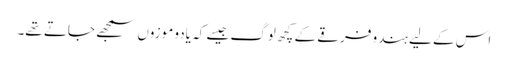
اس کے لیے ہندو فرقے کے کچھ لوگ جیسے کہ یادو موزوں سمجھے جاتے تھے۔